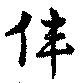
偉